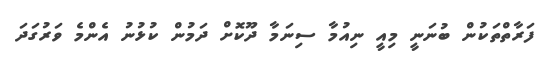
ފަރާތްތަކުން ބުނަނީ މިއީ ނިއުމާ ސިނަމާ ދޫކޮށް ދަމުން ކުޅުނު އެންމެ ވަރުގަދަ